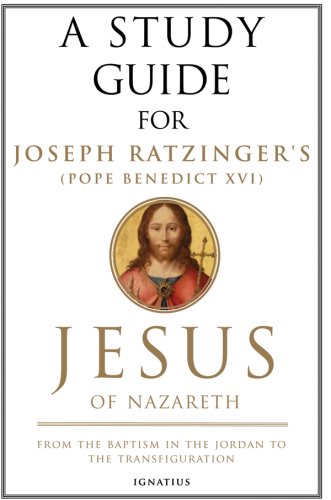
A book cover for A Study Guide for Joseph Ratzinger's Jesus of Nazareth: From the Baptism in the Jordan to the Transfiguration; Mark Brumley; Christian Books & Bibles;